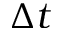
\Delta t